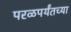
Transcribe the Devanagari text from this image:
परळपर्यंतच्या